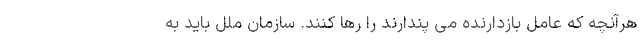
هرآنچه که عامل بازدارنده می پندارند را رها کنند. سازمان ملل باید به